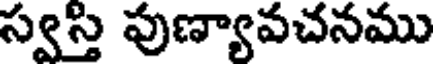
స్వస్తి పుణ్యావచనము